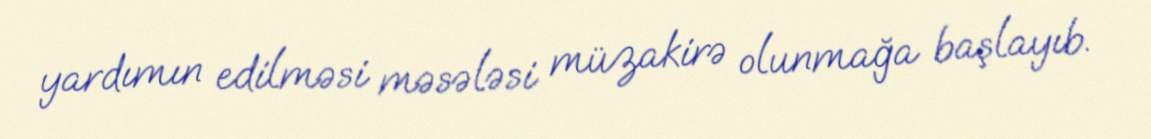
yardımın edilməsi məsələsi müzakirə olunmağa başlayıb.